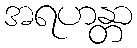
အရဟန္တာ